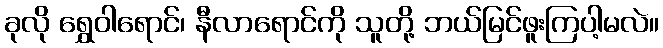
ခုလို ရွှေဝါရောင်၊ နီလာရောင်ကို သူတို့ ဘယ်မြင်ဖူးကြပါ့မလဲ။